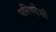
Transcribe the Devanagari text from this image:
परिषदेशी